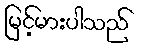
မြင့်မားပါသည်